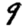
Digit: 9